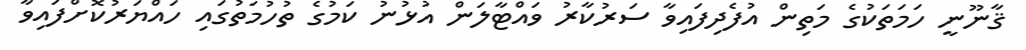
ޤާނޫނީ ހަމަތަކުގެ މަތިން އުފެދިފައިވާ ސަރުކާރު ވައްޓާލަން އުޅުނު ކަމުގެ ތުހުމަތުގައި ހައްޔަރުކޮށްފައިވާ